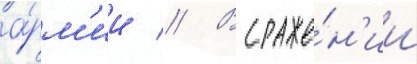
а́рм'ии // В сраже́н'ии